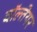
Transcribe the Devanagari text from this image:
वॉल्तेयर